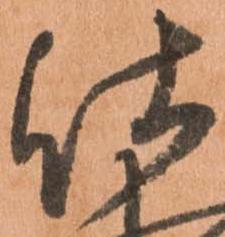
仕